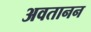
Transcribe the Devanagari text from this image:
अवतानन